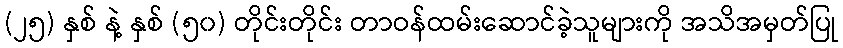
(၂၅) နှစ် နဲ့ နှစ် (၅၀) တိုင်းတိုင်း တာဝန်ထမ်းဆောင်ခဲ့သူများကို အသိအမှတ်ပြု